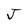
Character: J